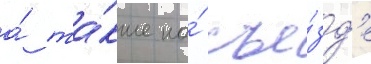
а́ та́кже на́ съе́зд'е